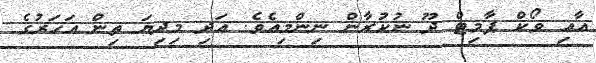
އާއި ވޯކް ޕާމިޓް ދޫ ނުކުރާން ނިންމިއެވެ. އަދި މިދިޔަ ތިން އަހަރުގެ